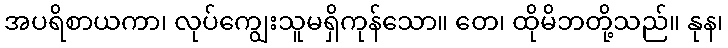
အပရိစာယကာ၊ လုပ်ကျွေးသူမရှိကုန်သော။ တေ၊ ထိုမိဘတို့သည်။ နုန၊